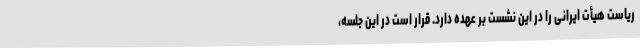
ریاست هیأت ایرانی را در این نشست بر عهده دارد. قرار است در این جلسه،